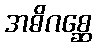
အဓိဂစ္ဆေ